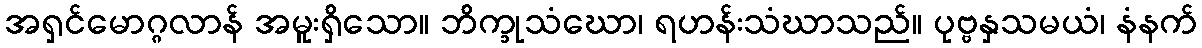
အရှင်မောဂ္ဂလာန် အမူးရှိသော။ ဘိက္ခုသံဃော၊ ရဟန်းသံဃာသည်။ ပုဗ္ဗနှသမယံ၊ နံနက်